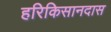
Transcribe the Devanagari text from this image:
हरिकिसानदास